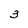
Character: 3